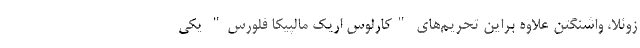
زوئلا، واشنگتن علاوه براین تحریم‌های "کارلوس اریک مالپیکا فلورس" یکی